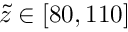
\tilde { z } \in [ 8 0 , 1 1 0 ]